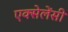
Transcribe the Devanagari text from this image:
एक्सेलेंसी